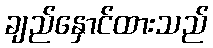
ချည်နှောင်ထားသည်